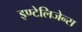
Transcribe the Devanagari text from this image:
इण्टेलिजेन्स